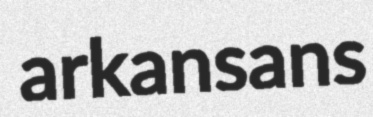
arkansans